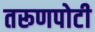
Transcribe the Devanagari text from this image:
तरूणपोटी